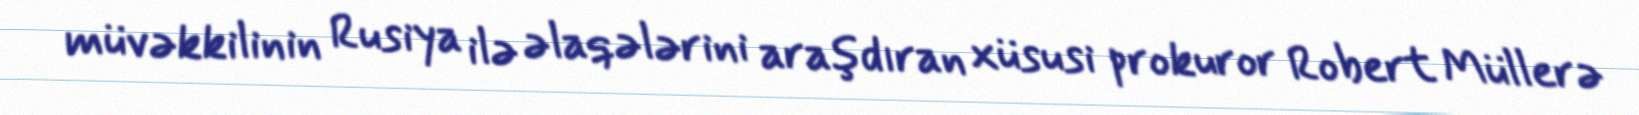
müvəkkilinin Rusiya ilə əlaqələrini araşdıran xüsusi prokuror Robert Müllerə